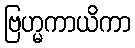
ဗြဟ္မကာယိကာ